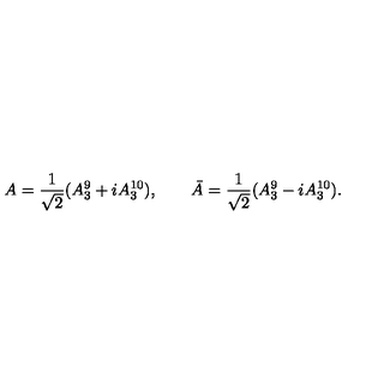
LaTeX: A = { \frac { 1 } { \sqrt 2 } } ( A _ { 3 } ^ { 9 } + i A _ { 3 } ^ { 1 0 } ) , \qquad \bar { A } = { \frac { 1 } { \sqrt 2 } } ( A _ { 3 } ^ { 9 } - i A _ { 3 } ^ { 1 0 } ) .